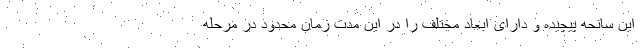
این سانحه پیچیده و دارای ابعاد مختلف را در این مدت زمان محدود در مرحله